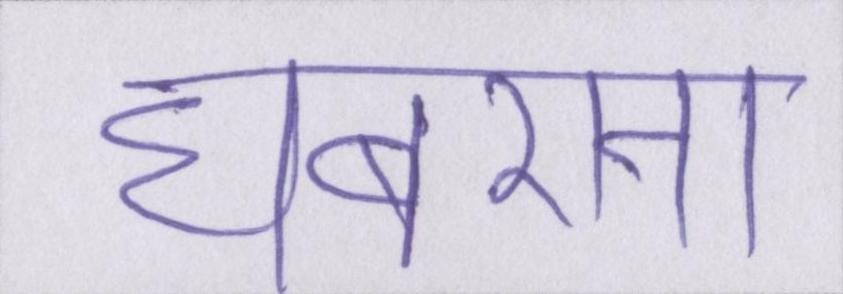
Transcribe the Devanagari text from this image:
घबराना